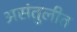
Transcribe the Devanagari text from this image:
असंतुलीत